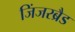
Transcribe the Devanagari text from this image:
जिंजरब्रैड